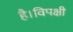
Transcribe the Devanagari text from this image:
है।विपक्षी